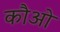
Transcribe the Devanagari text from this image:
कौओ